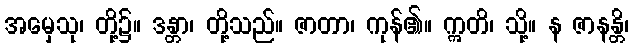
အမှေသု၊ တို့၌။ ဒန္တာ၊ တို့သည်။ ဇာတာ၊ ကုန်၏။ ဣတိ၊ သို့။ န ဇာနန္တိ၊